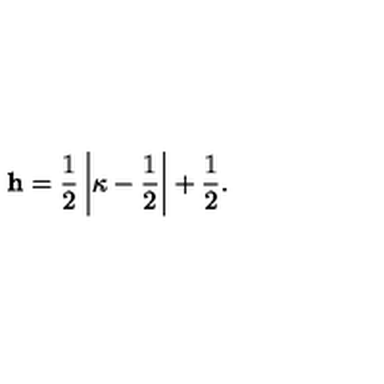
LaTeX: { \bf h } = \frac 1 2 \left| \kappa - \frac 1 2 \right| + \frac 1 2 .